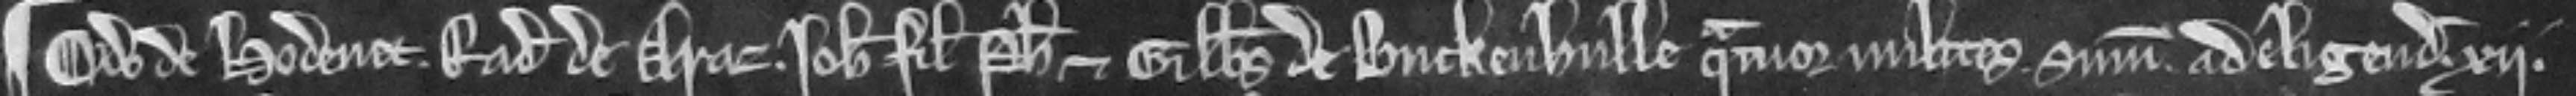
¶ Odo de Hodenet. Radulfus de Araz. Johannes filius Philippi et Gilbertus de Buckenhulle quatuor milites summoniti ad eligendum xii.